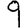
Digit: 9